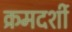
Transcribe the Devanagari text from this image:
क्रमदर्शी